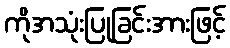
ကိုအသုံးပြုခြင်းအားဖြင့်